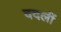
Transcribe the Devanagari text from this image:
वदलीं